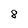
Character: 8